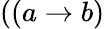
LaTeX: ((a\rightarrow b)